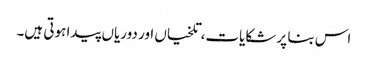
اس بنا پر شکایات، تلخیاں اور دوریاں پیدا ہوتی ہیں۔